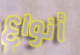
أنواع